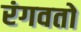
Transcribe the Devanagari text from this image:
रंगवतो